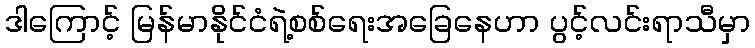
ဒါကြောင့် မြန်မာနိုင်ငံရဲ့စစ်ရေးအခြေနေဟာ ပွင့်လင်းရာသီမှာ